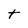
Character: t